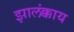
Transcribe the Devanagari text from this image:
झालंक्काय